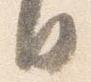
日